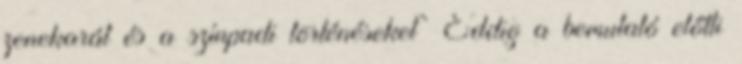
zenekarát és a színpadi történéseket” Eddig a bemutató előtti